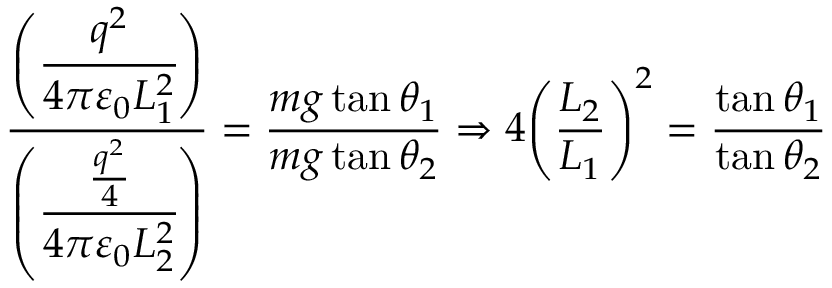
{ \frac { \left( { \cfrac { q ^ { 2 } } { 4 \pi \varepsilon _ { 0 } L _ { 1 } ^ { 2 } } } \right) } { \left( { \cfrac { \frac { q ^ { 2 } } { 4 } } { 4 \pi \varepsilon _ { 0 } L _ { 2 } ^ { 2 } } } \right) } } = { \frac { m g \tan \theta _ { 1 } } { m g \tan \theta _ { 2 } } } \Rightarrow 4 { \left( { \frac { L _ { 2 } } { L _ { 1 } } } \right) } ^ { 2 } = { \frac { \tan \theta _ { 1 } } { \tan \theta _ { 2 } } }